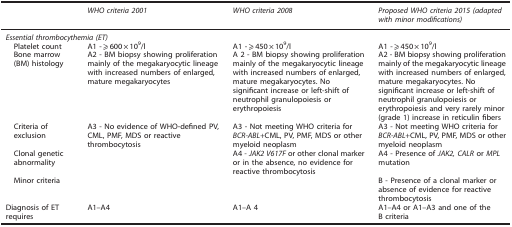
|  | WHO criteria 2001 | WHO criteria 2008 | Proposed WHO criteria 2015 (adapted with minor modifications) |
 | --- | --- | --- | --- |
 | <COLSPAN=4> Essential thrombocythemia (ET) |
 | Platelet count | A1 -⩾600 × 109/l | A1 -⩾450 × 109/l | A1 -⩾450 × 109/l |
 | Bone marrow (BM) histology | A2 - BM biopsy showing proliferation mainly of the megakaryocytic lineage with increased numbers of enlarged, mature megakaryocytes | A 2 - BM biopsy showing proliferation mainly of the megakaryocytic lineage with increased numbers of enlarged, mature megakaryocytes. No significant increase or left-shift of neutrophil granulopoiesis or erythropoiesis | A2 - BM biopsy showing proliferation mainly of the megakaryocytic lineage with increased numbers of enlarged, mature megakaryocytes. No significant increase or left-shift of neutrophil granulopoiesis or erythropoiesis and very rarely minor (grade 1) increase in reticulin fibers |
 | Criteria of exclusion | A3 - No evidence of WHO-defined PV, CML, PMF, MDS or reactive thrombocytosis | A3 - Not meeting WHO criteria for BCR-ABL+CML, PV, PMF, MDS or other myeloid neoplasm | A3 - Not meeting WHO criteria for BCR-ABL+CML, PV, PMF, MDS or other myeloid neoplasm |
 | Clonal genetic abnormality |  | A4 - JAK2 V617F or other clonal marker or in the absence, no evidence for reactive thrombocytosis | A4 - Presence of JAK2, CALR or MPL mutation |
 | Minor criteria |  |  | B - Presence of a clonal marker or absence of evidence for reactive thrombocytosis |
 | Diagnosis of ET requires | A1–A4 | A1–A 4 | A1–A4 or A1–A3 and one of the B criteria |